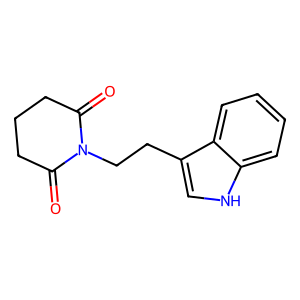
SMILES: O=C1CCCC(=O)N1CCc1c[nH]c2ccccc12
Inhibits HIV replication: No